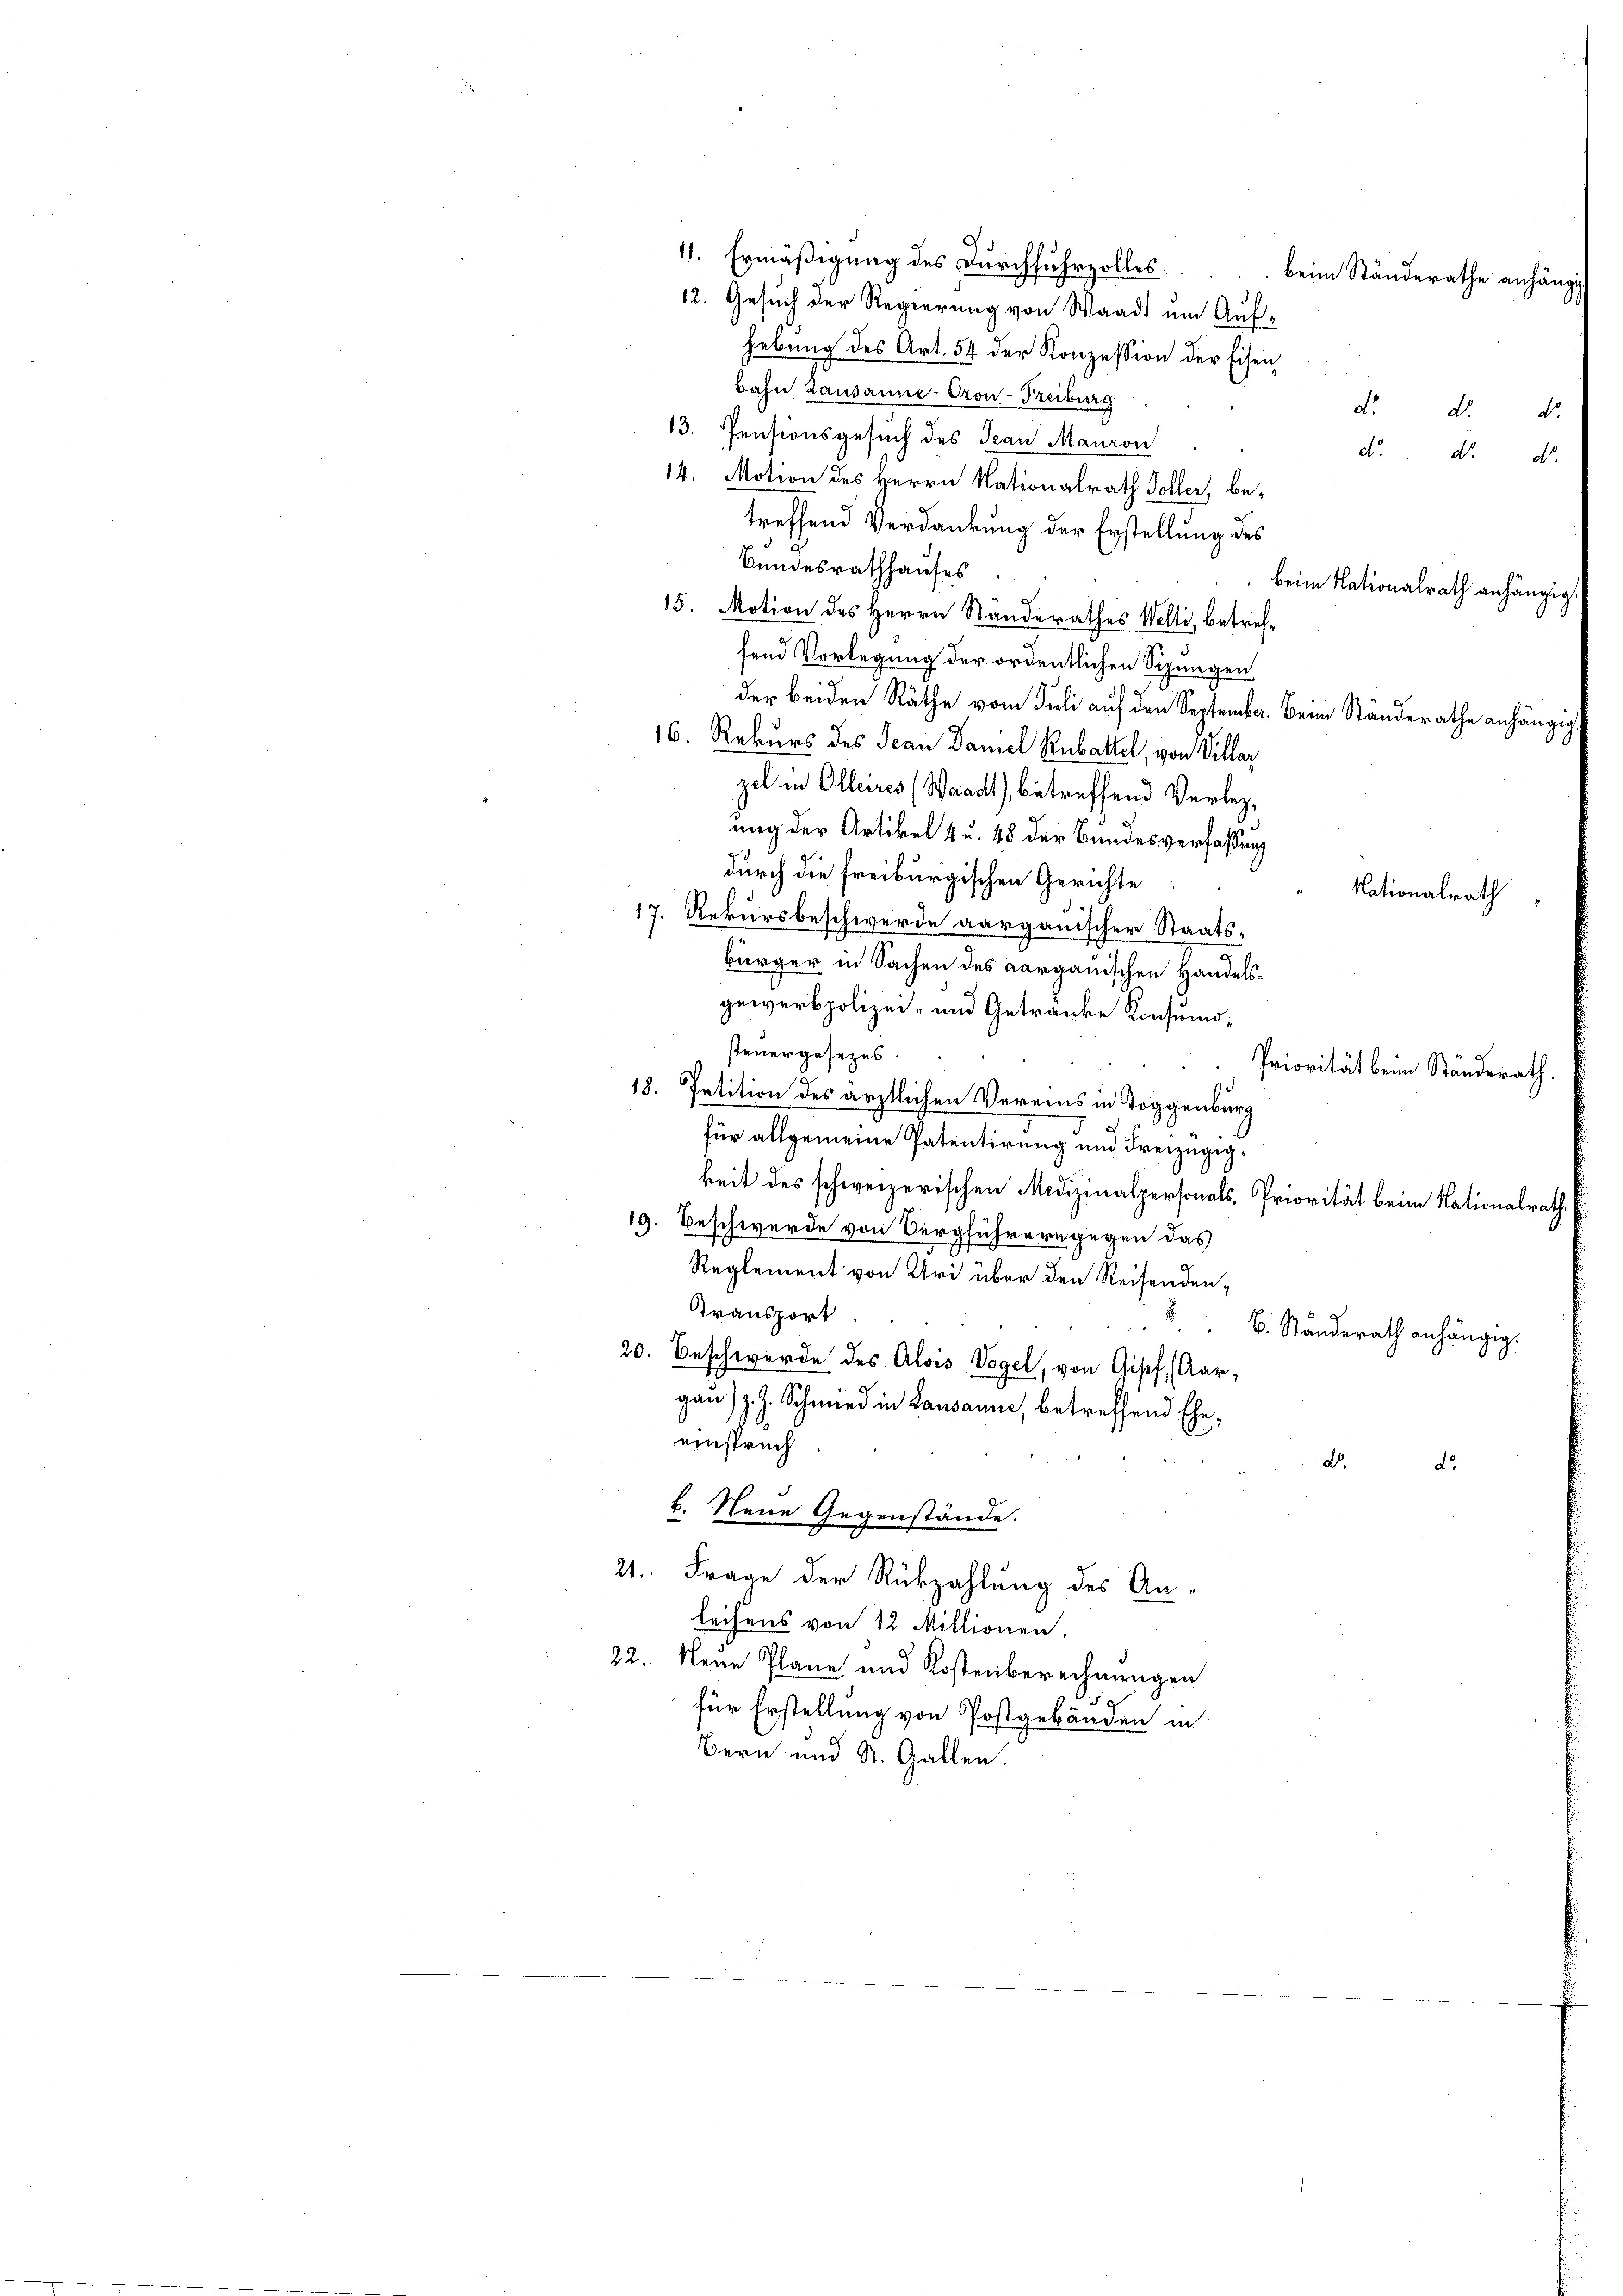
d
11. Ermäßigung des Durchfuhrzolles
12. Gesuch der Regierung von Waadt um Aufhebung des Art. 54 der Konzession der Eisen
bahn Lausanne-Oron-Freiburg
d. d. d.
13. Pensionsgesuch des Jean Mauron
d. d. d.
14. Motion des Herrn Nationalrath Soller, betreffend Verdankung der Erstellung des
Bundesrathhauses
beim Nationalrath anhängig.
15. Motion des Herrn Standerathes Welti, betreffend Vorlegung der ordentlichen Sizungen
der beiden Räthe vom Juli auf den September. Beim Standerathe anhängig
16. Rekurs des Jean Damel Rabattel, von Villar
zel in Olteires (Waadt, betreffend Verlegung der Artikel 4 u. 48 der Bundesverfassung
durch die freiburgischen Gerichte
Nationalrath
17. Rekursbeschwerde aargauischer Staats-
bürger in Sachen des aarganischen Handelsgewerbpolizei- und Getranke Konsumosteuergesezes.
Priorität beim Standerath.
18. Petition des ärztlichen Vereins in Toggenburg
für allgemeine Patentirung und Freizügigkeit des schweizerischen Medizinalpersonals, Priorität beim Nationalrath,
19. Beschwerde von Vergführern gegen das
Reglement von Uri über den Reisenden¬
Transport
 B. Standerath anhängig.
20. Beschwerde des Alois Vogel, von Gisef (Aargau) J. J. Schmied in Lausanne, betreffend Ehe,
einspruch
D.
do.
b. Neue Gegenstände.
21. Frage der Rükzahlung des Anleihens von 12 Millionen.
22. Neue Plane und Kostenberechnungen
für Erstellung von Postgebäuden in
Bern und St. Gallen

beim Ständerathe anhängi